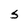
Character: S